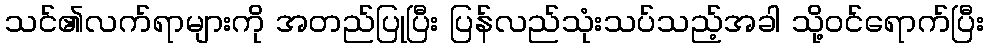
သင်၏လက်ရာများကို အတည်ပြုပြီး ပြန်လည်သုံးသပ်သည့်အခါ သို့ဝင်ရောက်ပြီး